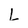
Character: L